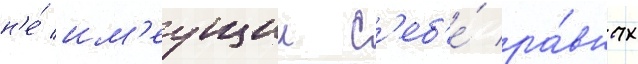
н'е́ им'еущии с'еб'е́ ра́вных